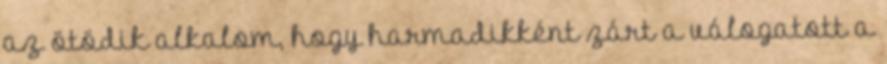
az ötödik alkalom, hogy harmadikként zárt a válogatott a